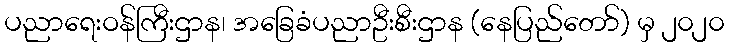
ပညာရေးဝန်ကြီးဌာန၊ အခြေခံပညာဦးစီးဌာန (နေပြည်တော်) မှ ၂၀၂၀